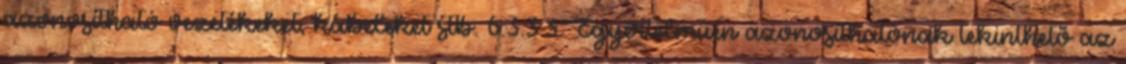
azonosítható vezetékeket, kábeleket stb. 6.3.3.3. Egyértelmûen azonosíthatónak tekinthetõ az